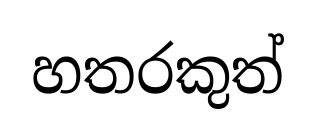
හතරකුත්